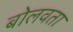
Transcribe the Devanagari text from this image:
बोलवता